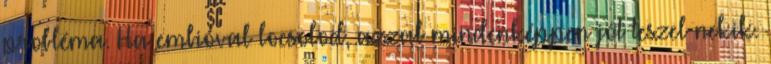
probléma. Ha embióval locsolod, azzal mindenképpen jót teszel nekik.